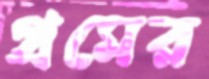
গ্রমের